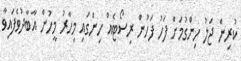
ކުރިން ޖަލު ހިންގުމަށް ފަހު ފަހުން ރިސޯޓެއް ހިންގައި މިހާރު މީހުން އާބާދުވެފައިވާ